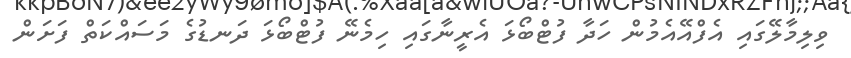
ވިލިމާލޭގައި އެފްއޭއެމުން ހަދާ ފުޓްބޯޅަ އެރީނާގައި ހިމެނޭ ފުޓްބޯޅަ ދަނޑުގެ މަސައްކަތް ފަށަން